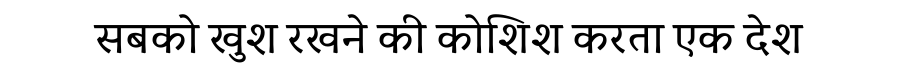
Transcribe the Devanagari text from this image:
सबको खुश रखने की कोशिश करता एक देश